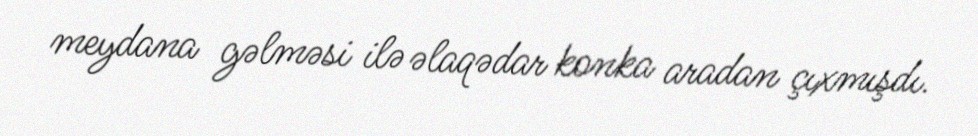
meydana gəlməsi ilə əlaqədar konka aradan çıxmışdı.